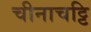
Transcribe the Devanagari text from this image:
चीनाचट्टि